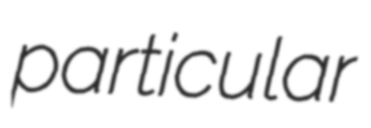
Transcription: particular